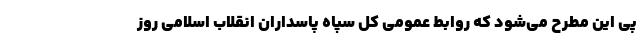
پی این مطرح می‌شود که روابط عمومی کل سپاه پاسداران انقلاب اسلامی روز